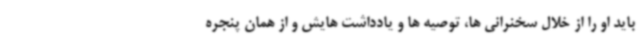
باید او را از خلال سخنرانی ها، توصیه ها و یادداشت هایش و از همان پنجره